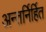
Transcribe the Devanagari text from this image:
अन्तर्निर्हित